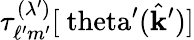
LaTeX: \tau_{\ell^{\prime}m^{\prime}}^{(\lambda^{\prime})}[\mathrm{\ theta}^{\prime}(\hat{\mathbf{k}}^{\prime})]